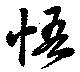
悟